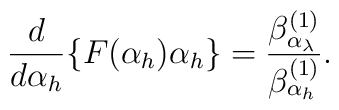
\frac{d}{d\alpha_{h}}\{F(\alpha_{h})\alpha_{h}\}=\frac{\beta_{\alpha_{\lambda}}^{(1)}}{\beta_{\alpha_{h}}^{(1)}}.